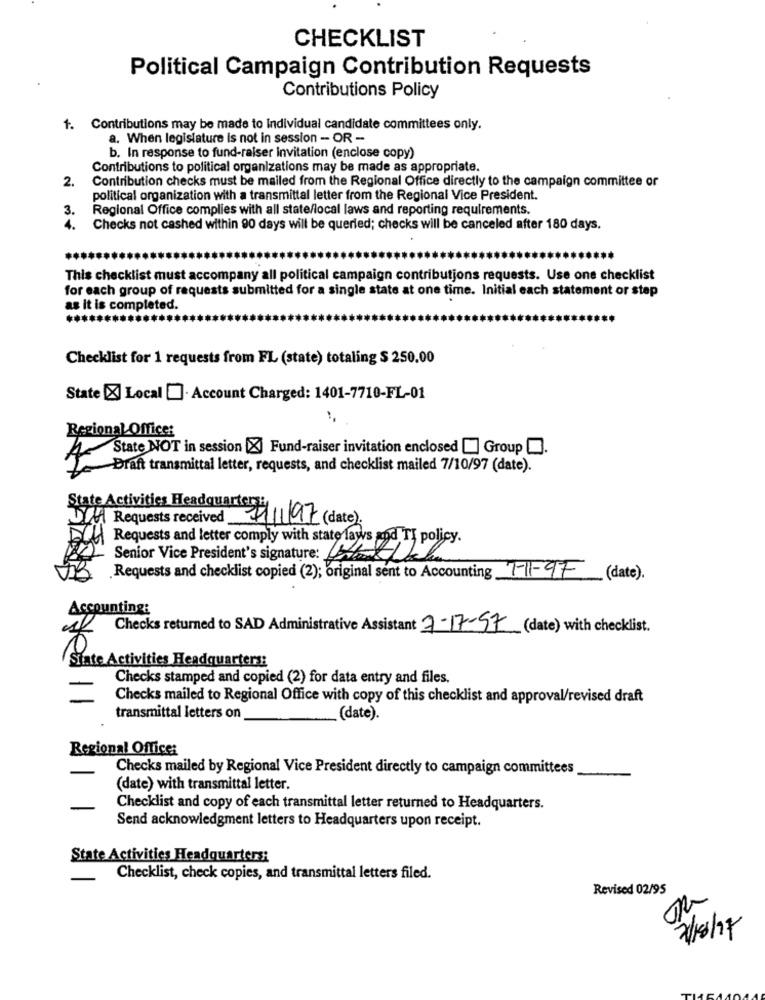
CHECKLIST
Political Campaign Contribution Requests
Contributions Policy
1. Contributions may be made to Individual candidate committees only.
a. When legislature is not in session - OR -
b. In response to fund-raiser invitation (enclose copy)
Contributions to political organizations may be made as appropriate.
2.
Contribution checks must be mailed from the Regional Office directly to the campaign committee or
political organization with a transmittal letter from the Regional Vice President.
3.
Regional Office complies with all state/local laws and reporting requirements.
4.
Checks not cashed within 90 days will be queried; checks will be canceled after 180 days.
This checklist must accompany all political campaign contributions requests. Use one checklist
for each group of requests submitted for a single state at one time. Initial each statement or stap
as it is completed.
Checklist for 1 requests from FL (state) totaling $ 250.00
State [X Local []. Account Charged: 1401-7710-FL-01
Regional Office:
A State NOT in session Fund-raiser invitation enclosed Group .
Draft transmittal letter, requests, and checklist mailed 7/10/97 (date).
State Activities Headquarter
UMA Requests received
1/11/97 (date)
Requests and letter comply with state laws and TI policy.
Senior Vice President's signature:
Requests and checklist copied (2); original sent to Accounting 1-11-97 (date).
Accounting:
Checks returned to SAD Administrative Assistant 7-17-57 (date) with checklist.
State Activities Headquarters:
Checks stamped and copied (2) for data entry and files.
Checks mailed to Regional Office with copy of this checklist and approval/revised draft
transmittal letters on
(date).
Regional Office:
Checks mailed by Regional Vice President directly to campaign committees
(date) with transmittal letter.
Checklist and copy of each transmittal letter returned to Headquarters.
Send acknowledgment letters to Headquarters upon receipt.
State Activities Headquarters:
Checklist, check copies, and transmittal letters filed.
Revised 02/95